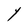
Character: Y